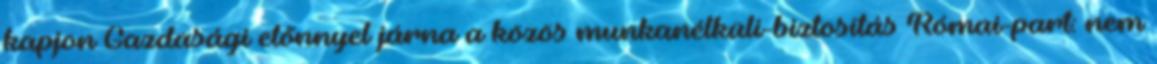
kapjon Gazdasági előnnyel járna a közös munkanélküli-biztosítás Római-part: nem